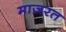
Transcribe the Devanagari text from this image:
माज़रत